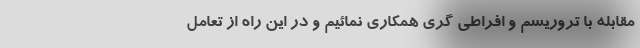
مقابله با تروریسم و افراطی گری همکاری نمائیم و در این راه از تعامل